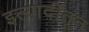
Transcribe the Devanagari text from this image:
इत्यादींतून